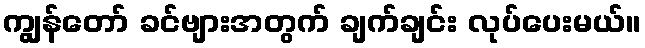
ကျွန်တော် ခင်ဗျားအတွက် ချက်ချင်း လုပ်ပေးမယ်။